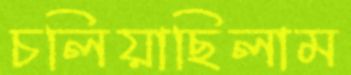
চলিয়াছিলাম